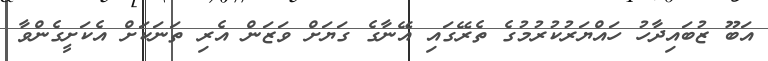
އަބޫ ޒުބައިދާހު ހައްޔަރުކުރުމުގެ ތެރޭގައި އޭނާގެ ގަޔަށް ވަޒަން އެރި ތަނަކަށް އެކަށީގެންވާ